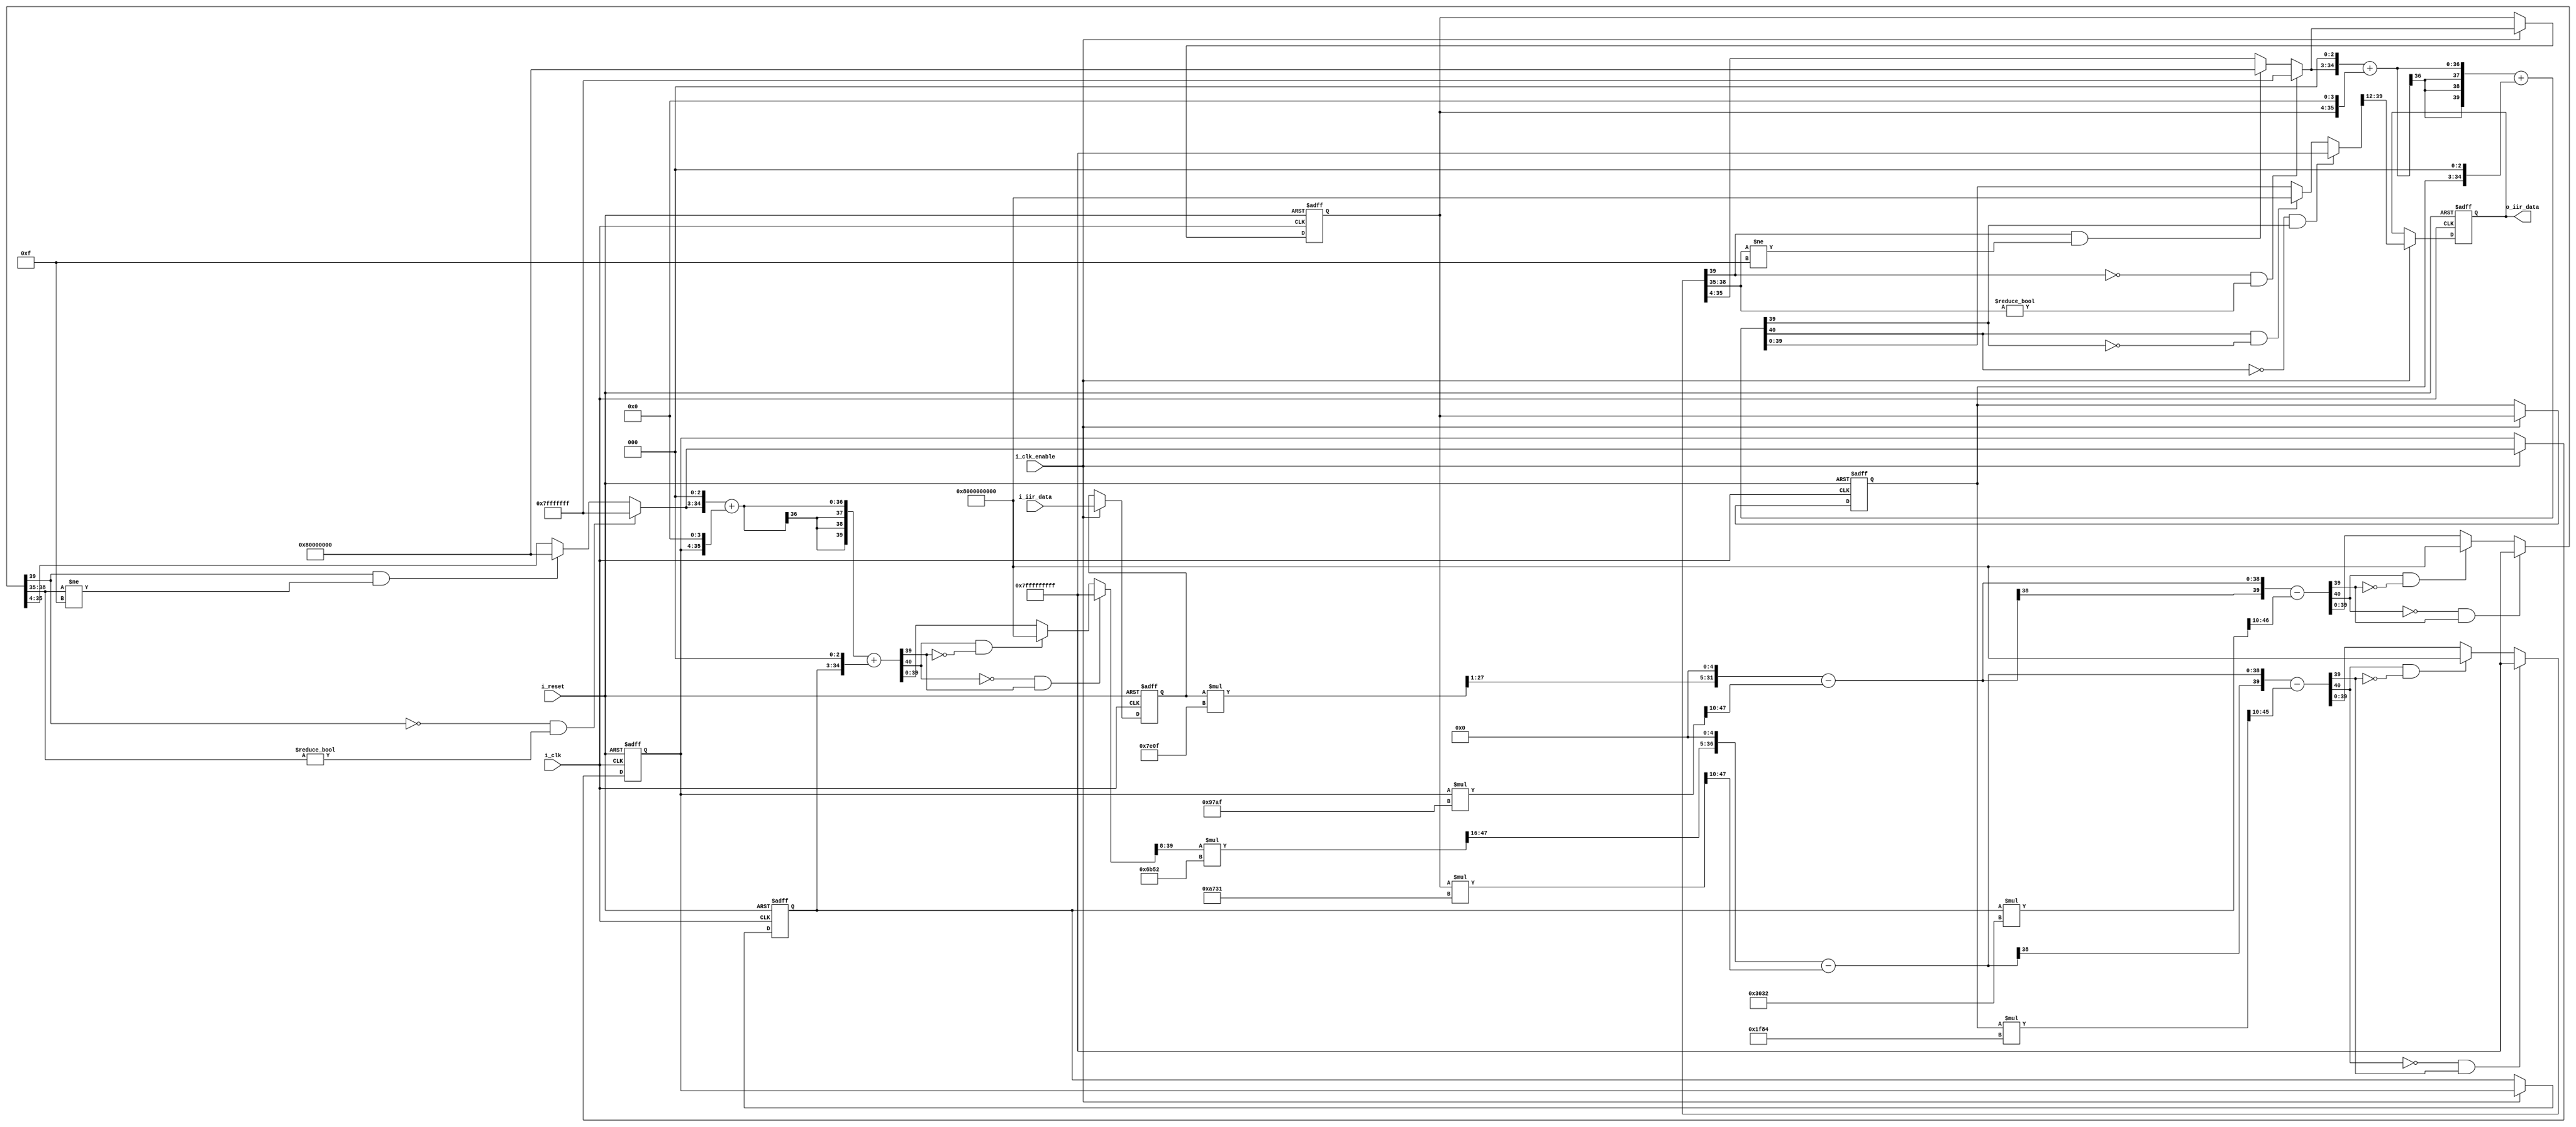
// -------------------------------------------------------------
//
// Module: IIR_filter
// Generated by MATLAB(R) 9.5 and Filter Design HDL Coder 3.1.4.
// Generated on: 2021-12-09 19:07:23
// -------------------------------------------------------------

// -------------------------------------------------------------
// HDL Code Generation Options:
//
// ClockEnableInputPort: i_clk_enable
// ClockInputPort: i_clk
// ResetInputPort: i_reset
// InputPort: i_iir_data
// OutputPort: o_iir_data
// Name: IIR_filter
// ResetAssertedLevel: Active-low
// TargetLanguage: Verilog
// TestBenchStimulus: step ramp 

// Filter Specifications:
//
// Sample Rate   : N/A (normalized frequency)
// Response      : Lowpass
// Specification : N,F3dB
// 3-dB Point    : 0.12
// Filter Order  : 4
// -------------------------------------------------------------

// -------------------------------------------------------------
// HDL Implementation    : Fully parallel
// Folding Factor        : 1
// -------------------------------------------------------------
// Filter Settings:
//
// Discrete-Time IIR Filter (real)
// -------------------------------
// Filter Structure    : Direct-Form II, Second-Order Sections
// Number of Sections  : 2
// Stable              : Yes
// Linear Phase        : No
// Arithmetic          : fixed
// Numerator           : s16,13 -> [-4 4)
// Denominator         : s16,14 -> [-2 2)
// Scale Values        : s16,20 -> [-3.125000e-02 3.125000e-02)
// Input               : s12,11 -> [-1 1)
// Section Input       : s32,30 -> [-2 2)
// Section Output      : s32,26 -> [-32 32)
// Output              : s28,22 -> [-32 32)
// State               : s32,31 -> [-1 1)
// Numerator Prod      : s48,44 -> [-8 8)
// Denominator Prod    : s48,45 -> [-4 4)
// Numerator Accum     : s40,34 -> [-32 32)
// Denominator Accum   : s40,35 -> [-16 16)
// Round Mode          : floor
// Overflow Mode       : saturate
// Cast Before Sum     : true
// -------------------------------------------------------------




`timescale 1 ns / 1 ns

module IIR_filter
               (
                i_clk,
                i_clk_enable,
                i_reset,
                i_iir_data,
                o_iir_data
                );

  input   i_clk; 
  input   i_clk_enable; 
  input   i_reset; 
  input   signed [11:0] i_iir_data; //sfix12_En11
  output  signed [27:0] o_iir_data; //sfix28_En22

////////////////////////////////////////////////////////////////
//Module Architecture: IIR_filter
////////////////////////////////////////////////////////////////
  // Local Functions
  // Type Definitions
  // Constants
  parameter signed [15:0] scaleconst1 = 16'b0111111000001111; //sfix16_En20
  parameter signed [15:0] coeff_b1_section1 = 16'b0010000000000000; //sfix16_En13
  parameter signed [15:0] coeff_b2_section1 = 16'b0100000000000000; //sfix16_En13
  parameter signed [15:0] coeff_b3_section1 = 16'b0010000000000000; //sfix16_En13
  parameter signed [15:0] coeff_a2_section1 = 16'b1001011110101111; //sfix16_En14
  parameter signed [15:0] coeff_a3_section1 = 16'b0011000000110010; //sfix16_En14
  parameter signed [15:0] scaleconst2 = 16'b0110101101010010; //sfix16_En20
  parameter signed [15:0] coeff_b1_section2 = 16'b0010000000000000; //sfix16_En13
  parameter signed [15:0] coeff_b2_section2 = 16'b0100000000000000; //sfix16_En13
  parameter signed [15:0] coeff_b3_section2 = 16'b0010000000000000; //sfix16_En13
  parameter signed [15:0] coeff_a2_section2 = 16'b1010011100110001; //sfix16_En14
  parameter signed [15:0] coeff_a3_section2 = 16'b0001111110000100; //sfix16_En14
  // Signals
  reg  signed [11:0] input_register; // sfix12_En11
  wire signed [47:0] scale1; // sfix48_En46
  wire signed [27:0] mul_temp; // sfix28_En31
  wire signed [31:0] scaletypeconvert1; // sfix32_En30
  // Section 1 Signals 
  wire signed [39:0] a1sum1; // sfix40_En35
  wire signed [39:0] a2sum1; // sfix40_En35
  wire signed [39:0] b1sum1; // sfix40_En34
  wire signed [39:0] b2sum1; // sfix40_En34
  wire signed [31:0] typeconvert1; // sfix32_En31
  reg  signed [31:0] delay_section1 [0:1] ; // sfix32_En31
  wire signed [39:0] inputconv1; // sfix40_En35
  wire signed [47:0] a2mul1; // sfix48_En45
  wire signed [47:0] a3mul1; // sfix48_En45
  wire signed [47:0] b1mul1; // sfix48_En44
  wire signed [47:0] b2mul1; // sfix48_En44
  wire signed [47:0] b3mul1; // sfix48_En44
  wire signed [39:0] sub_cast; // sfix40_En35
  wire signed [39:0] sub_cast_1; // sfix40_En35
  wire signed [40:0] sub_temp; // sfix41_En35
  wire signed [39:0] sub_cast_2; // sfix40_En35
  wire signed [39:0] sub_cast_3; // sfix40_En35
  wire signed [40:0] sub_temp_1; // sfix41_En35
  wire signed [39:0] b1multypeconvert1; // sfix40_En34
  wire signed [39:0] add_cast; // sfix40_En34
  wire signed [39:0] add_cast_1; // sfix40_En34
  wire signed [40:0] add_temp; // sfix41_En34
  wire signed [39:0] add_cast_2; // sfix40_En34
  wire signed [39:0] add_cast_3; // sfix40_En34
  wire signed [40:0] add_temp_1; // sfix41_En34
  wire signed [31:0] section_result1; // sfix32_En26
  wire signed [47:0] scale2; // sfix48_En46
  wire signed [31:0] scaletypeconvert2; // sfix32_En30
  // Section 2 Signals 
  wire signed [39:0] a1sum2; // sfix40_En35
  wire signed [39:0] a2sum2; // sfix40_En35
  wire signed [39:0] b1sum2; // sfix40_En34
  wire signed [39:0] b2sum2; // sfix40_En34
  wire signed [31:0] typeconvert2; // sfix32_En31
  reg  signed [31:0] delay_section2 [0:1] ; // sfix32_En31
  wire signed [39:0] inputconv2; // sfix40_En35
  wire signed [47:0] a2mul2; // sfix48_En45
  wire signed [47:0] a3mul2; // sfix48_En45
  wire signed [47:0] b1mul2; // sfix48_En44
  wire signed [47:0] b2mul2; // sfix48_En44
  wire signed [47:0] b3mul2; // sfix48_En44
  wire signed [39:0] sub_cast_4; // sfix40_En35
  wire signed [39:0] sub_cast_5; // sfix40_En35
  wire signed [40:0] sub_temp_2; // sfix41_En35
  wire signed [39:0] sub_cast_6; // sfix40_En35
  wire signed [39:0] sub_cast_7; // sfix40_En35
  wire signed [40:0] sub_temp_3; // sfix41_En35
  wire signed [39:0] b1multypeconvert2; // sfix40_En34
  wire signed [39:0] add_cast_4; // sfix40_En34
  wire signed [39:0] add_cast_5; // sfix40_En34
  wire signed [40:0] add_temp_2; // sfix41_En34
  wire signed [39:0] add_cast_6; // sfix40_En34
  wire signed [39:0] add_cast_7; // sfix40_En34
  wire signed [40:0] add_temp_3; // sfix41_En34
  wire signed [27:0] output_typeconvert; // sfix28_En22
  reg  signed [27:0] output_register; // sfix28_En22

  // Block Statements
  always @ (posedge i_clk or negedge i_reset)
    begin: input_reg_process
      if (i_reset == 1'b0) begin
        input_register <= 0;
      end
      else begin
        if (i_clk_enable == 1'b1) begin
          input_register <= i_iir_data;
        end
      end
    end // input_reg_process

  assign mul_temp = input_register * scaleconst1;
  assign scale1 = $signed({mul_temp, 15'b000000000000000});

  assign scaletypeconvert1 = scale1[47:16];

  //   ------------------ Section 1 ------------------

  assign typeconvert1 = (a1sum1[39] == 1'b0 & a1sum1[38:35] != 4'b0000) ? 32'b01111111111111111111111111111111 : 
      (a1sum1[39] == 1'b1 && a1sum1[38:35] != 4'b1111) ? 32'b10000000000000000000000000000000 : a1sum1[35:4];

  always @ (posedge i_clk or negedge i_reset)
    begin: delay_process_section1
      if (i_reset == 1'b0) begin
        delay_section1[0] <= 32'h00000000;
        delay_section1[1] <= 32'h00000000;
      end
      else begin
        if (i_clk_enable == 1'b1) begin
          delay_section1[1] <= delay_section1[0];
          delay_section1[0] <= typeconvert1;
        end
      end
    end // delay_process_section1

  assign inputconv1 = $signed({scaletypeconvert1, 5'b00000});

  assign a2mul1 = delay_section1[0] * coeff_a2_section1;

  assign a3mul1 = delay_section1[1] * coeff_a3_section1;

  assign b1mul1 = $signed({typeconvert1, 13'b0000000000000});

  assign b2mul1 = $signed({delay_section1[0], 14'b00000000000000});

  assign b3mul1 = $signed({delay_section1[1], 13'b0000000000000});

  assign sub_cast = inputconv1;
  assign sub_cast_1 = $signed({{2{a2mul1[47]}}, a2mul1[47:10]});
  assign sub_temp = sub_cast - sub_cast_1;
  assign a2sum1 = (sub_temp[40] == 1'b0 & sub_temp[39] != 1'b0) ? 40'b0111111111111111111111111111111111111111 : 
      (sub_temp[40] == 1'b1 && sub_temp[39] != 1'b1) ? 40'b1000000000000000000000000000000000000000 : sub_temp[39:0];

  assign sub_cast_2 = a2sum1;
  assign sub_cast_3 = $signed({{2{a3mul1[47]}}, a3mul1[47:10]});
  assign sub_temp_1 = sub_cast_2 - sub_cast_3;
  assign a1sum1 = (sub_temp_1[40] == 1'b0 & sub_temp_1[39] != 1'b0) ? 40'b0111111111111111111111111111111111111111 : 
      (sub_temp_1[40] == 1'b1 && sub_temp_1[39] != 1'b1) ? 40'b1000000000000000000000000000000000000000 : sub_temp_1[39:0];

  assign b1multypeconvert1 = $signed({{2{b1mul1[47]}}, b1mul1[47:10]});

  assign add_cast = b1multypeconvert1;
  assign add_cast_1 = $signed({{2{b2mul1[47]}}, b2mul1[47:10]});
  assign add_temp = add_cast + add_cast_1;
  assign b2sum1 = (add_temp[40] == 1'b0 & add_temp[39] != 1'b0) ? 40'b0111111111111111111111111111111111111111 : 
      (add_temp[40] == 1'b1 && add_temp[39] != 1'b1) ? 40'b1000000000000000000000000000000000000000 : add_temp[39:0];

  assign add_cast_2 = b2sum1;
  assign add_cast_3 = $signed({{2{b3mul1[47]}}, b3mul1[47:10]});
  assign add_temp_1 = add_cast_2 + add_cast_3;
  assign b1sum1 = (add_temp_1[40] == 1'b0 & add_temp_1[39] != 1'b0) ? 40'b0111111111111111111111111111111111111111 : 
      (add_temp_1[40] == 1'b1 && add_temp_1[39] != 1'b1) ? 40'b1000000000000000000000000000000000000000 : add_temp_1[39:0];

  assign section_result1 = b1sum1[39:8];

  assign scale2 = section_result1 * scaleconst2;

  assign scaletypeconvert2 = scale2[47:16];

  //   ------------------ Section 2 ------------------

  assign typeconvert2 = (a1sum2[39] == 1'b0 & a1sum2[38:35] != 4'b0000) ? 32'b01111111111111111111111111111111 : 
      (a1sum2[39] == 1'b1 && a1sum2[38:35] != 4'b1111) ? 32'b10000000000000000000000000000000 : a1sum2[35:4];

  always @ (posedge i_clk or negedge i_reset)
    begin: delay_process_section2
      if (i_reset == 1'b0) begin
        delay_section2[0] <= 32'h00000000;
        delay_section2[1] <= 32'h00000000;
      end
      else begin
        if (i_clk_enable == 1'b1) begin
          delay_section2[1] <= delay_section2[0];
          delay_section2[0] <= typeconvert2;
        end
      end
    end // delay_process_section2

  assign inputconv2 = $signed({scaletypeconvert2, 5'b00000});

  assign a2mul2 = delay_section2[0] * coeff_a2_section2;

  assign a3mul2 = delay_section2[1] * coeff_a3_section2;

  assign b1mul2 = $signed({typeconvert2, 13'b0000000000000});

  assign b2mul2 = $signed({delay_section2[0], 14'b00000000000000});

  assign b3mul2 = $signed({delay_section2[1], 13'b0000000000000});

  assign sub_cast_4 = inputconv2;
  assign sub_cast_5 = $signed({{2{a2mul2[47]}}, a2mul2[47:10]});
  assign sub_temp_2 = sub_cast_4 - sub_cast_5;
  assign a2sum2 = (sub_temp_2[40] == 1'b0 & sub_temp_2[39] != 1'b0) ? 40'b0111111111111111111111111111111111111111 : 
      (sub_temp_2[40] == 1'b1 && sub_temp_2[39] != 1'b1) ? 40'b1000000000000000000000000000000000000000 : sub_temp_2[39:0];

  assign sub_cast_6 = a2sum2;
  assign sub_cast_7 = $signed({{2{a3mul2[47]}}, a3mul2[47:10]});
  assign sub_temp_3 = sub_cast_6 - sub_cast_7;
  assign a1sum2 = (sub_temp_3[40] == 1'b0 & sub_temp_3[39] != 1'b0) ? 40'b0111111111111111111111111111111111111111 : 
      (sub_temp_3[40] == 1'b1 && sub_temp_3[39] != 1'b1) ? 40'b1000000000000000000000000000000000000000 : sub_temp_3[39:0];

  assign b1multypeconvert2 = $signed({{2{b1mul2[47]}}, b1mul2[47:10]});

  assign add_cast_4 = b1multypeconvert2;
  assign add_cast_5 = $signed({{2{b2mul2[47]}}, b2mul2[47:10]});
  assign add_temp_2 = add_cast_4 + add_cast_5;
  assign b2sum2 = (add_temp_2[40] == 1'b0 & add_temp_2[39] != 1'b0) ? 40'b0111111111111111111111111111111111111111 : 
      (add_temp_2[40] == 1'b1 && add_temp_2[39] != 1'b1) ? 40'b1000000000000000000000000000000000000000 : add_temp_2[39:0];

  assign add_cast_6 = b2sum2;
  assign add_cast_7 = $signed({{2{b3mul2[47]}}, b3mul2[47:10]});
  assign add_temp_3 = add_cast_6 + add_cast_7;
  assign b1sum2 = (add_temp_3[40] == 1'b0 & add_temp_3[39] != 1'b0) ? 40'b0111111111111111111111111111111111111111 : 
      (add_temp_3[40] == 1'b1 && add_temp_3[39] != 1'b1) ? 40'b1000000000000000000000000000000000000000 : add_temp_3[39:0];

  assign output_typeconvert = b1sum2[39:12];

  always @ (posedge i_clk or negedge i_reset)
    begin: Output_Register_process
      if (i_reset == 1'b0) begin
        output_register <= 0;
      end
      else begin
        if (i_clk_enable == 1'b1) begin
          output_register <= output_typeconvert;
        end
      end
    end // Output_Register_process

  // Assignment Statements
  assign o_iir_data = output_register;
endmodule  // IIR_filter